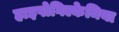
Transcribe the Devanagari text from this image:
हाइपोगिल्केमिया